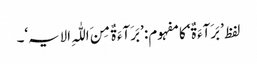
لفظ ’بَرَآءَ ۃٌ‘ کا مفہوم: ’بَرَآءَ ۃٌ مِنَ اللّٰہِ الایہ‘۔